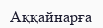
Аққайнарға